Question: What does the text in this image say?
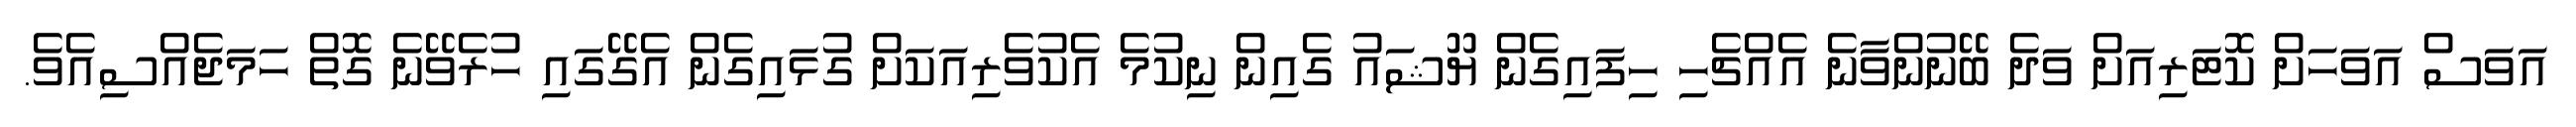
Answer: އަވަސް އަވަހަށް ކޮޓަރިއަށް ވަދެ ބޭނުންވާނެ އެއްޗެހި ހިފައިގެން ޔޫޝައު ގެއިން ނިކުމެ އެކުވެރިއަކަށް ގުޅައިގެން އެގޭގައި ހުރެވޭނެ ގޮތް ހަމަޖެއްސިއެވެ.